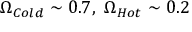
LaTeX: \Omega _ { C o l d } \sim 0 . 7 , \, \, \Omega _ { H o t } \sim 0 . 2